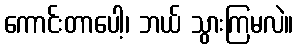
ကောင်းတာပေါ့၊ ဘယ် သွားကြမလဲ။